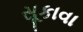
સૂકાવા